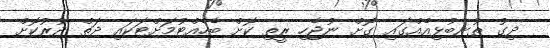
ދިގު ތުނބުޅިއެއްގައި ގޮށް ނުޖެހި ރީތި ކޮށް ބެހެއްޓުމަށްޓަކައި ދަތް ދުރުކޮށް